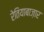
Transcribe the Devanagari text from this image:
रेतियाबाज़ार